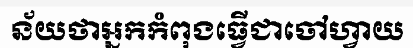
ន័យថាអ្នកកំពុងធ្វើជាចៅហ្វាយ